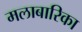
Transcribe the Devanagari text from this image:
मलाबारिका